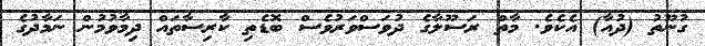
ގުނޫތު (ދުއާ) އެކެވެ. މާތް ރަސޫލާގެ ދުވަސްވަރުވެސް ބޮޑެތި ކާރިސާތައް ދިމާވުމުން ނަމާދުގެ